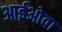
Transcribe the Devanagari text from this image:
आईओवा